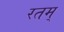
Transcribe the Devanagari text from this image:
रतम्